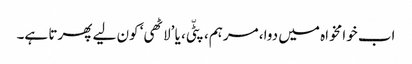
اب خوامخواہ میں دوا، مرہم، پٹّی، یا ’لاٹھی‘ کون لیے پھرتا ہے۔